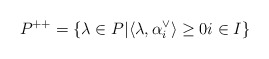
\begin{align*} P^{++} = \{ \lambda \in P | \langle \lambda, \alpha^\vee_i \rangle \geq 0 i \in I \}\end{align*}